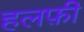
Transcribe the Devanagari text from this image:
हलफ़ी